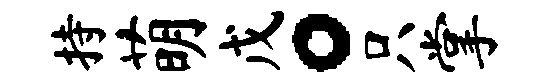
持萌戊。只掌